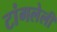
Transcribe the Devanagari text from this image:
टांगलेली